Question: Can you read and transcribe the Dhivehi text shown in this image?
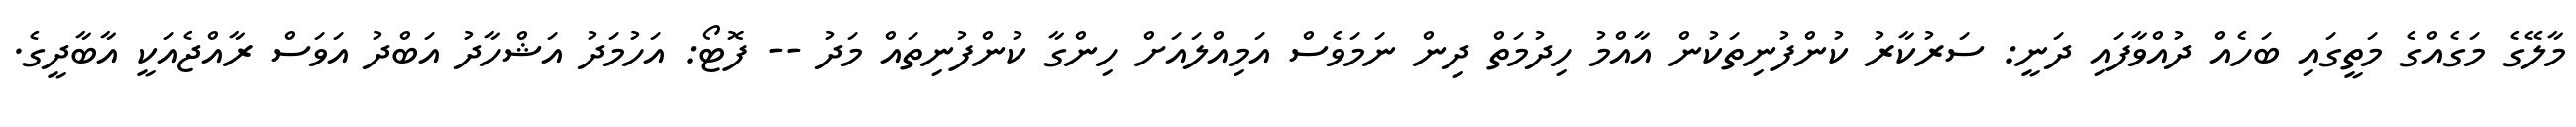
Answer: މާލޭގެ މަގެއްގެ މަތީގައި ބަހެއް ދުއްވާފައި ދަނީ: ސަރުކާރު ކުންފުނިތަކުން އާއްމު ހިދުމަތް ދިން ނަމަވެސް އަމިއްލައަށް ހިންގާ ކުންފުނިތައް މަދު -- ފޮޓޯ: އަހުމަދު އަޝްހާދު އަބްދު އަވަސް ރާއްޖެއަކީ އާބާދީގެ.